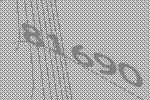
81690